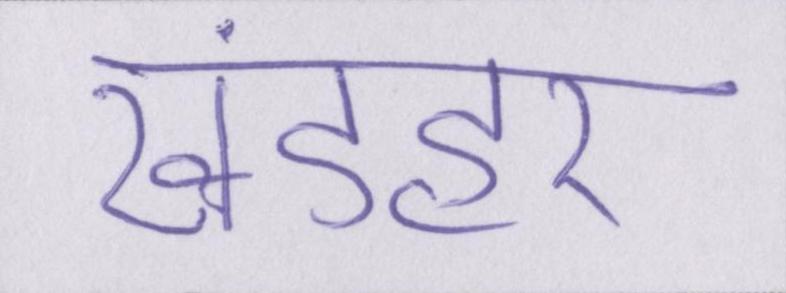
खंडहर